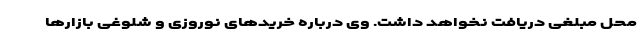
محل مبلغی دریافت نخواهد داشت. وی درباره خریدهای نوروزی و شلوغی بازارها